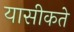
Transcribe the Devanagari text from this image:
यासीकते